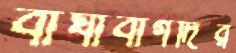
বাঘাবাগদির